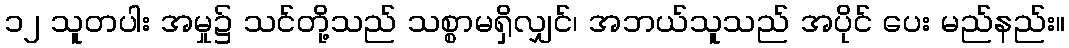
၁၂ သူတပါး အမှု၌ သင်တို့သည် သစ္စာမရှိလျှင်၊ အဘယ်သူသည် အပိုင် ပေး မည်နည်း။